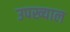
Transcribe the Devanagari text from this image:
उपख्याल